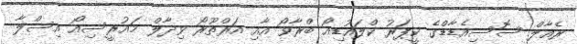
ރެއާލް ސޮސިއެޑާޑްގެ ކީޕަރު ކްލައުޑިއޯ ބްރާވޯ އާއި އަރްތޫރޯ ވިދާލް މައުރީސިއޯ އިސްލާ